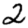
Digit: 2